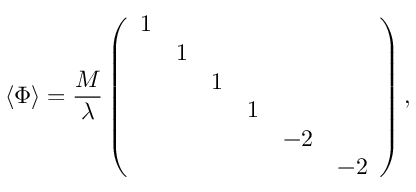
\langle \Phi \rangle = \frac { M } { \lambda } \left( \begin{array} { c c c c c c } { { 1 } } & { { } } & { { } } & { { } } & { { } } & { { } } \\ { { } } & { { 1 } } & { { } } & { { } } & { { } } & { { } } \\ { { } } & { { } } & { { 1 } } & { { } } & { { } } & { { } } \\ { { } } & { { } } & { { } } & { { 1 } } & { { } } & { { } } \\ { { } } & { { } } & { { } } & { { } } & { { - 2 } } & { { } } \\ { { } } & { { } } & { { } } & { { } } & { { } } & { { - 2 } } \end{array} \right) ,